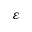
\varepsilon